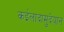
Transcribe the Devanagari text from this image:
कईलादामुदेयान